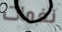
نغمات